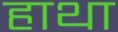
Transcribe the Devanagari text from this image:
हाथा